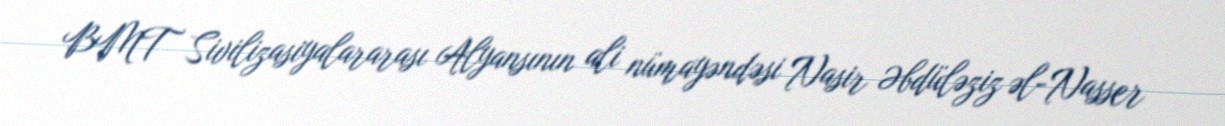
BMT Sivilizasiyalararası Alyansının ali nümayəndəsi Nasir Əbdüləziz əl-Nasser